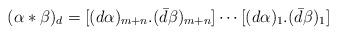
LaTeX: \begin{align*}(\alpha \ast \beta)_d=[(d\alpha)_{m+n}.(\bar{d}\beta)_{m+n}] \cdots[(d\alpha)_1.(\bar{d}\beta)_1] \end{align*}